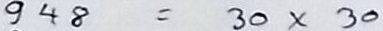
948 = 30 x 30